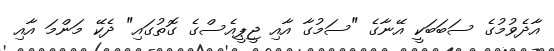
އާދެވުމުގެ ސަބަބަކީ އޭނާގެ "ސަމުގާ އާއި ޖީޕީއެސްގެ ގޮތުގައި" ދެކޭ މަންމަ އާއި